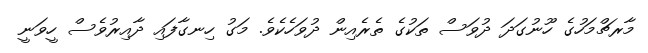
މާރޗްމަހުގެ ހޫނުގަދަ ދުވަސް ތަކުގެ ތެރެއިން ދުވަހެކެވެ. މަގު ހިނގާފައި ދާއިރުވެސް ހީވަނީ